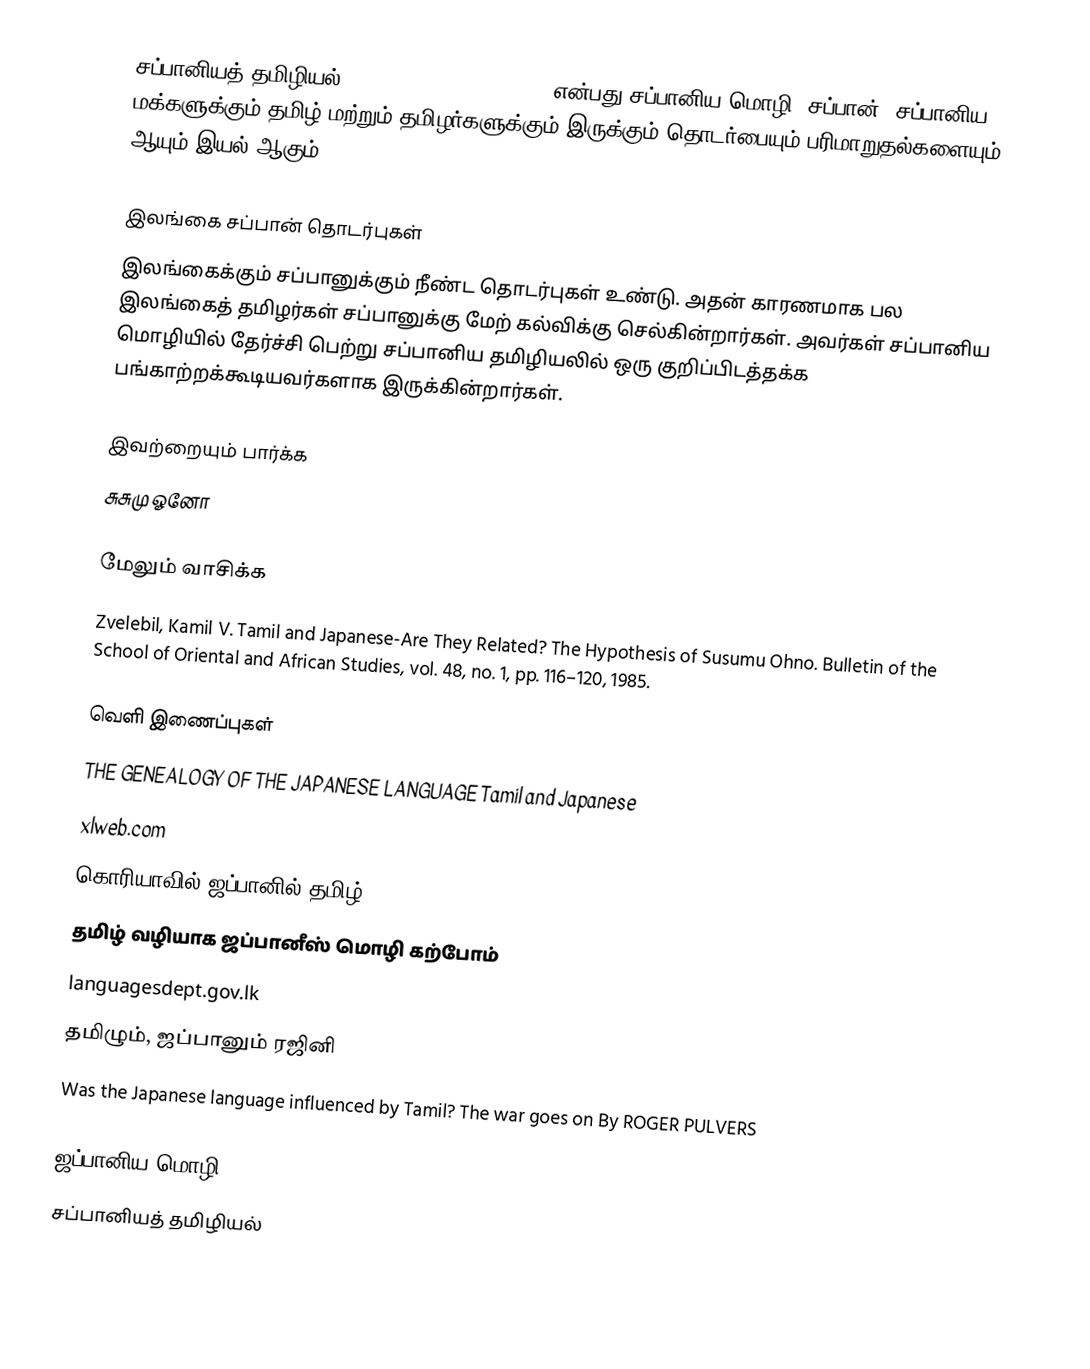
சப்பானியத் தமிழியல் (Japanese Tamil Studies) என்பது சப்பானிய மொழி, சப்பான், சப்பானிய மக்களுக்கும் தமிழ் மற்றும் தமிழர்களுக்கும் இருக்கும் தொடர்பையும் பரிமாறுதல்களையும் ஆயும் இயல் ஆகும்.

இலங்கை சப்பான் தொடர்புகள்
இலங்கைக்கும் சப்பானுக்கும் நீண்ட தொடர்புகள் உண்டு.  அதன் காரணமாக பல இலங்கைத் தமிழர்கள் சப்பானுக்கு மேற் கல்விக்கு செல்கின்றார்கள்.  அவர்கள் சப்பானிய மொழியில் தேர்ச்சி பெற்று சப்பானிய தமிழியலில் ஒரு குறிப்பிடத்தக்க பங்காற்றக்கூடியவர்களாக இருக்கின்றார்கள்.

இவற்றையும் பார்க்க
 சுசுமு ஓனோ

மேலும் வாசிக்க
 Zvelebil, Kamil V. Tamil and Japanese-Are They Related? The Hypothesis of Susumu Ohno. Bulletin of the School of Oriental and African Studies, vol. 48, no. 1, pp. 116–120, 1985.

வெளி இணைப்புகள்
 THE GENEALOGY OF THE JAPANESE LANGUAGE Tamil and Japanese
 xlweb.com
 கொரியாவில்-ஜப்பானில் தமிழ்
 தமிழ் வழியாக ஜப்பானீஸ் மொழி கற்போம்
 languagesdept.gov.lk
 தமிழும், ஜப்பானும் ரஜினி
 Was the Japanese language influenced by Tamil? The war goes on By ROGER PULVERS

ஜப்பானிய மொழி
சப்பானியத் தமிழியல்